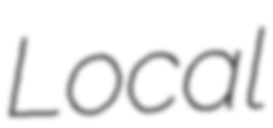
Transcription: Local